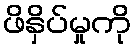
ဖိနှိပ်မှုကို